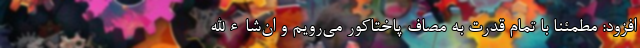
افزود: مطمئنا با تمام قدرت به مصاف پاختاکور می‌رویم و ان‌شاءالله